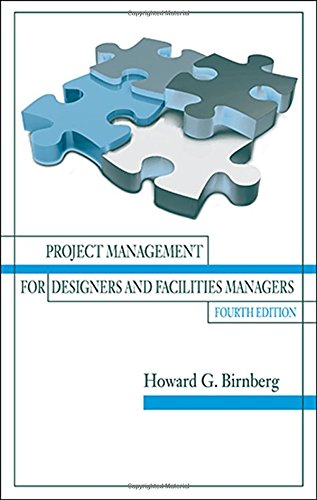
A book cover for Project Management for Designers and Facilities Managers, Fourth Edition; Howard G. Birnberg; Arts & Photography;